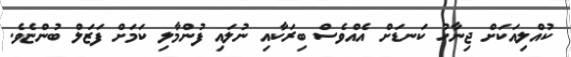
ކުއްލިއަކަށް ޖިނާހު ކަނޑަށް އެއްވެސް ބިރަކާއި ނުލައި ފުންމާލި ކަމަށް ފަޒަލް ބުންޏެވެ.